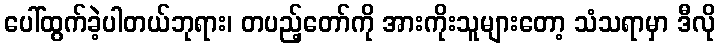
ပေါ်ထွက်ခဲ့ပါတယ်ဘုရား၊ တပည့်တော်ကို အားကိုးသူများတော့ သံသရာမှာ ဒီလို